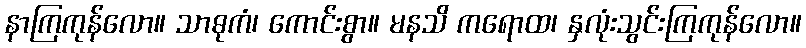
နာကြကုန်လော။ သာဓုကံ၊ ကောင်းစွာ။ မနသိ ကရောထ၊ နှလုံးသွင်းကြကုန်လော။